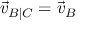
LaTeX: { \vec { v } } _ { B | C } = { \vec { v } } _ { B }